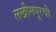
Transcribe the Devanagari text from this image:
लखीमपूरची